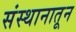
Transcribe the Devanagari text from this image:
संस्थानातून